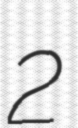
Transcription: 2